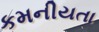
કમનીયતા